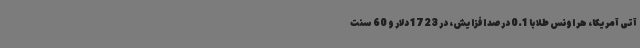
آتی آمریکا، هر اونس طلا با 0.1 درصد افزایش، در 1723 دلار و 60 سنت